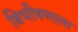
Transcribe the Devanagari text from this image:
बिभीषणाला